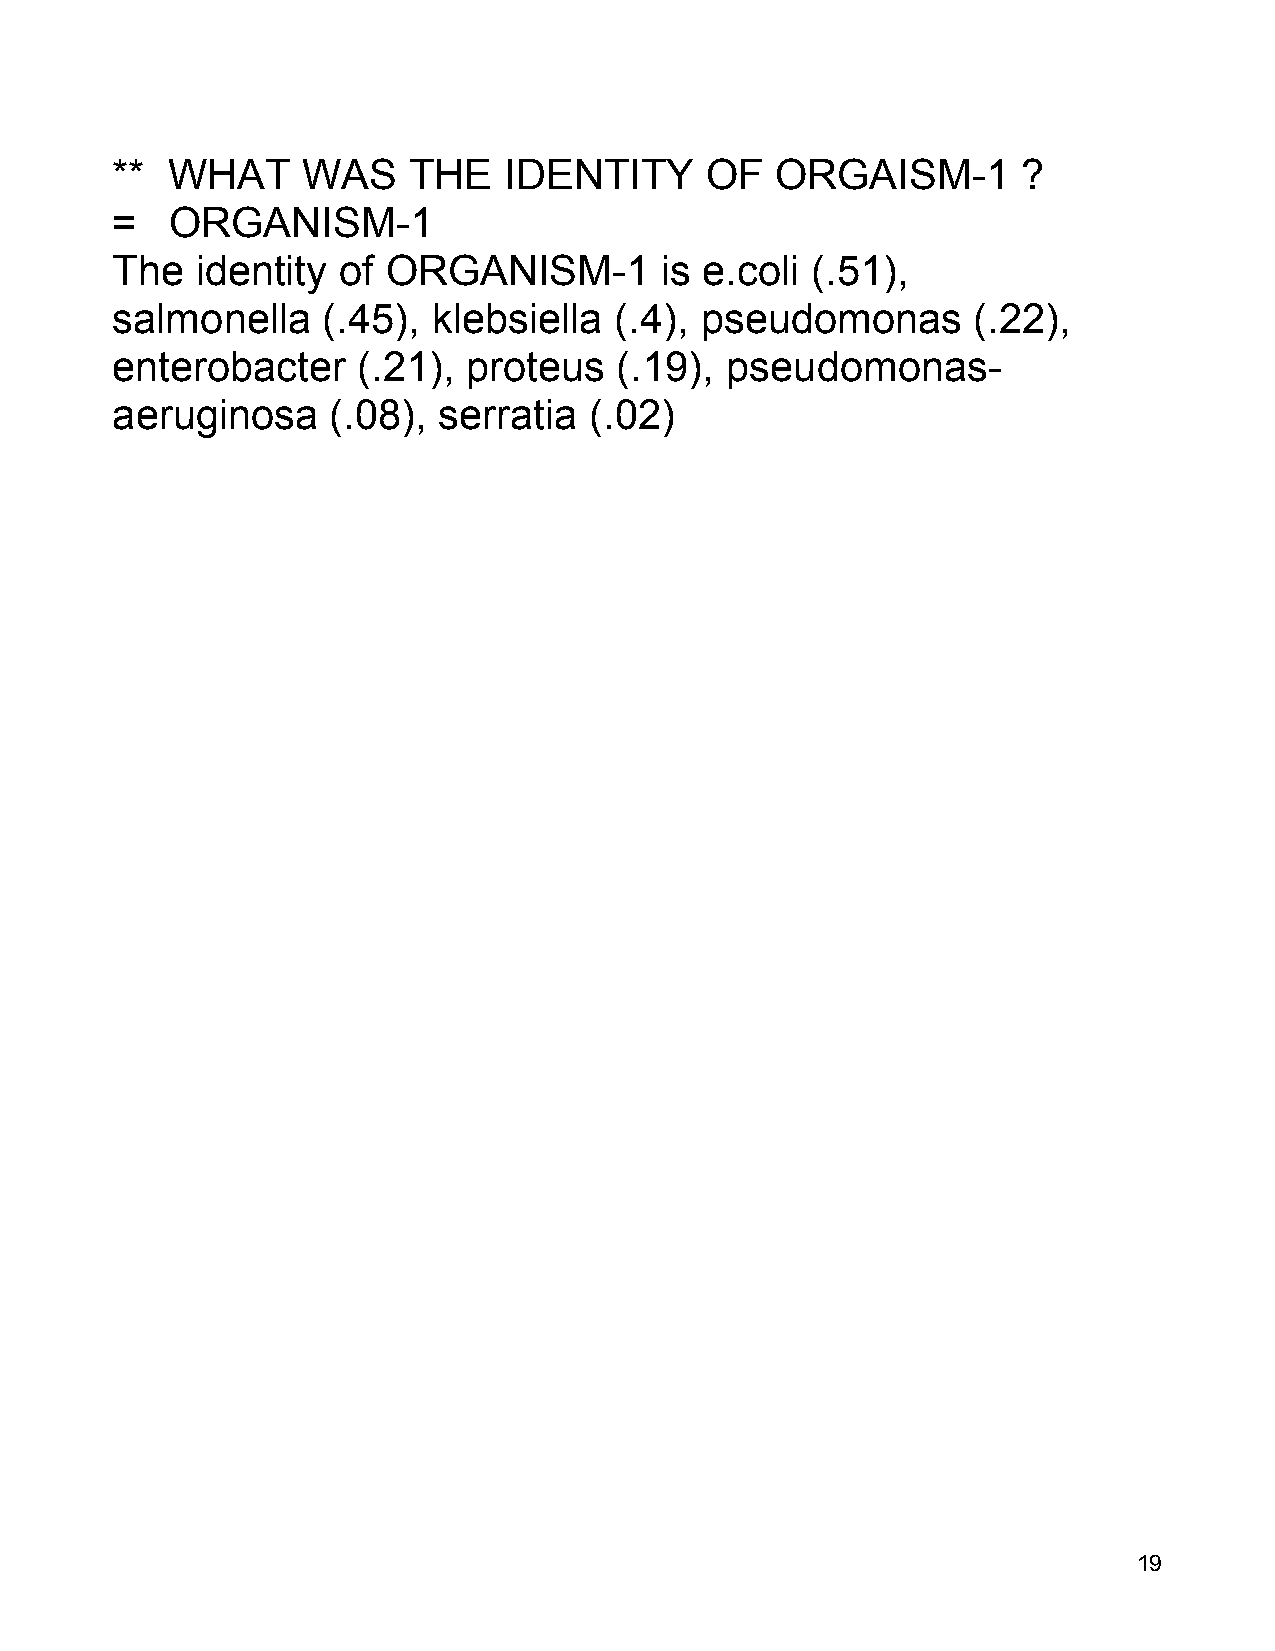
**  WHAT     WAS    THE   IDENTITY      OF  ORGAISM-1        ?
 =   ORGANISM-1
 The   identity of  ORGANISM-1        is e.coli (.51),
 salmonella    (.45),  klebsiella  (.4), pseudomonas      (.22),
 enterobacter     (.21), proteus   (.19), pseudomonas-
 aeruginosa     (.08), serratia  (.02)
 19